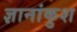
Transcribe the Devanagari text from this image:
ज्ञानांकुश